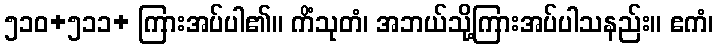
၅၁၀+၅၁၁+ ကြားအပ်ပါ၏။ ကိံသုတံ၊ အဘယ်သို့ကြားအပ်ပါသနည်း။ ဧကံ၊